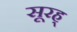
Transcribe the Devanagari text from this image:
सूरह्